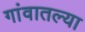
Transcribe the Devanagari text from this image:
गांवातल्या